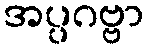
အပ္ပဂဗ္ဗာ